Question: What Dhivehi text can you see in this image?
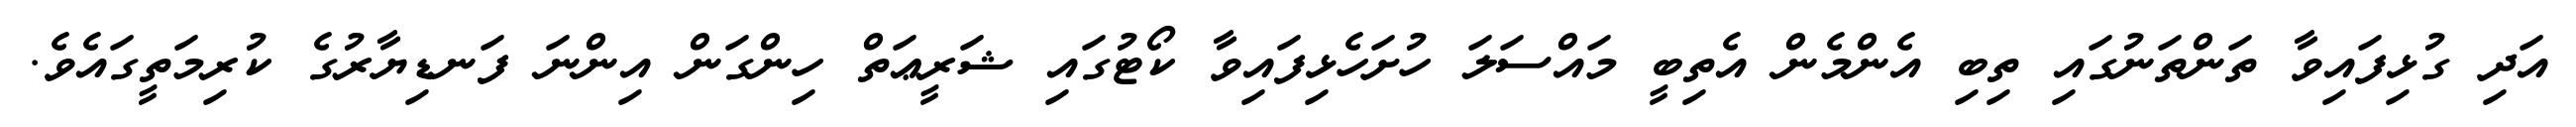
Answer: އަދި ގުޅިފައިވާ ތަންތަނުގައި ތިބި އެންމެން އެތިބީ މައްސަލަ ހުށަހެޅިފައިވާ ކޯޓުގައި ޝަރީޢަތް ހިންގަން އިންނަ ފަނޑިޔާރުގެ ކުރިމަތީގައެވެ.